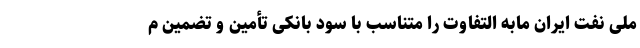
ملی نفت ایران مابه التفاوت را متناسب با سود بانکی تأمین و تضمین م